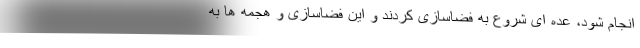
انجام شود، عده ای شروع به فضاسازی کردند و این فضاسازی و هجمه ها به